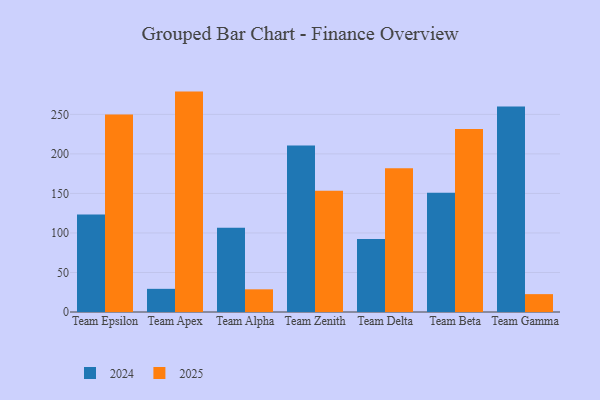
{"axis": {"x": "Team", "y": "Temperature (°C)"}, "legend": ["2024", "2025"], "data": [{"x": "Team Epsilon", "y": 249.9, "type": "2025"}, {"x": "Team Epsilon", "y": 123.2, "type": "2024"}, {"x": "Team Apex", "y": 278.8, "type": "2025"}, {"x": "Team Apex", "y": 29.3, "type": "2024"}, {"x": "Team Alpha", "y": 28.7, "type": "2025"}, {"x": "Team Alpha", "y": 106.6, "type": "2024"}, {"x": "Team Zenith", "y": 153.3, "type": "2025"}, {"x": "Team Zenith", "y": 210.5, "type": "2024"}, {"x": "Team Delta", "y": 181.7, "type": "2025"}, {"x": "Team Delta", "y": 92.5, "type": "2024"}, {"x": "Team Beta", "y": 231.6, "type": "2025"}, {"x": "Team Beta", "y": 150.9, "type": "2024"}, {"x": "Team Gamma", "y": 22.6, "type": "2025"}, {"x": "Team Gamma", "y": 259.9, "type": "2024"}]}